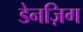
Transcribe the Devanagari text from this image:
डेनज़िग